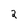
Character: 2